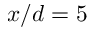
x / d = 5